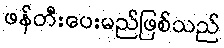
ဖန်တီးပေးမည်ဖြစ်သည်